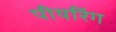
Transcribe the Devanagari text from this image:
पीयरिंग